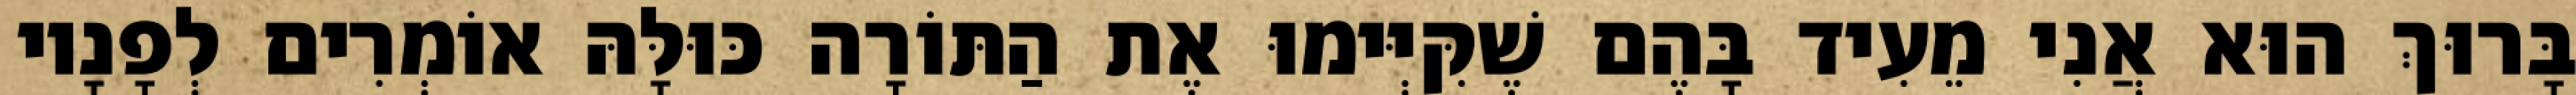
בָּרוּךְ הוּא אֲנִי מֵעִיד בָּהֶם שֶׁקִּיְּימוּ אֶת הַתּוֹרָה כּוּלָּהּ אוֹמְרִים לְפָנָיו